Studies on the mouth parts a Comparative anatomy of the proboscis in the blood-sucking muscidae - Number 60
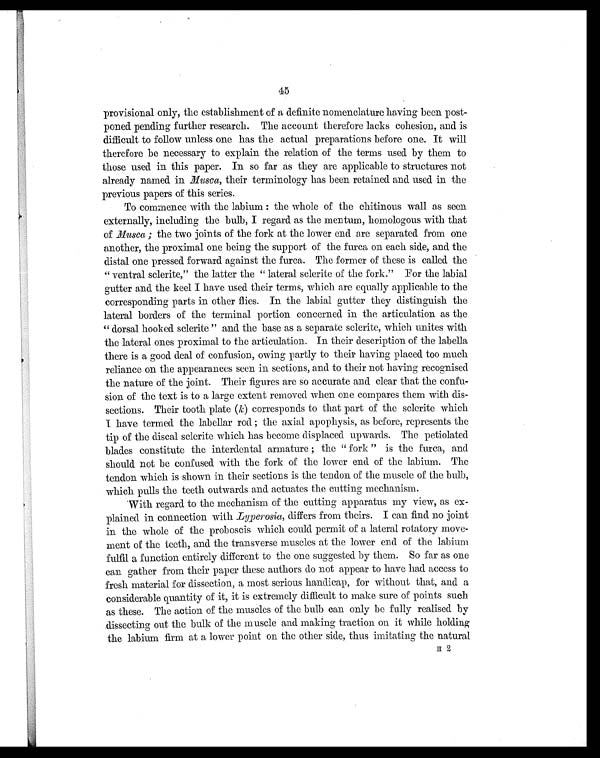
45
provisional only, the establishment of a definite nomenclature having been post-
poned pending further research. The account therefore lacks cohesion, and is
difficult to follow unless one has the actual preparations before one. It will
therefore be necessary to explain the relation of the terms used by them to
those used in this paper. In so far as they are applicable to structures not
already named in Musca, their terminology has been retained and used in the
previous papers of this series.
To commence with the labium: the whole of the chitinous wall as seen
externally, including the bulb, I regard as the mentum, homologous with that
of Musca; the two joints of the fork at the lower end are separated from one
another, the proximal one being the support of the furca on each side, and the
distal one pressed forward against the furca. The former of these is called the
" ventral sclerite," the latter the " lateral sclerite of the fork." For the labial
gutter and the keel I have used their terms, which are equally applicable to the
corresponding parts in other flies. In the labial gutter they distinguish the
lateral borders of the terminal portion concerned in the articulation as the
" dorsal hooked sclerite " and the base as a separate sclerite, which unites with
the lateral ones proximal to the articulation. In their description of the labella
there is a good deal of confusion, owing partly to their having placed too much
reliance on the appearances seen in sections, and to their not having recognised
the nature of the joint. Their figures are so accurate and clear that the confu-
sion of the text is to a large extent removed when one compares them with dis-
sections. Their tooth plate ( k) corresponds to that part of the sclerite which
I have termed the labellar rod; the axial apophysis, as before, represents the
tip of the discal sclerite which has become displaced upwards. The petiolated
blades constitute the interdental armatures; the " fork " is the furca, and
should not be confused with the fork of the lower end of the labium. The
tendon which is shown in their sections is the tendon of the muscle of the bulb,
which pulls the teeth outwards and actuates the cutting mechanism.
With regard to the mechanism of the cutting apparatus my view, as ex-
plained in connection with Lyperosia, differs from theirs. I can find no joint
in the whole of the proboscis which could permit of a lateral rotatory move-
ment of the teeth, and the transverse muscles at the lower end of the labium
fulfil a function entirely different to the one suggested by them. So far as one
can gather from their paper these authors do not appear to have had access to
fresh material for dissection, a most serious handicap, for without that, and a
considerable quantity of it, it is extremely difficult to make sure of points such
as these. The action of the muscles of the bulb can only be fully realised by
dissecting out the bulk of the muscle and making traction on it while holding
the labium firm at a lower point on the other side, thus imitating the natural
H
2